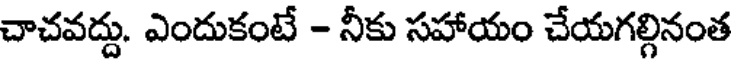
చాచవద్దు. ఎందుకంటే - నీకు సహాయం చేయగల్గినంత